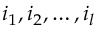
i _ { 1 } , i _ { 2 } , \dots , i _ { l }